Lunatic asylums Madras 1892-1911 - 1892-1911
Year: 1892
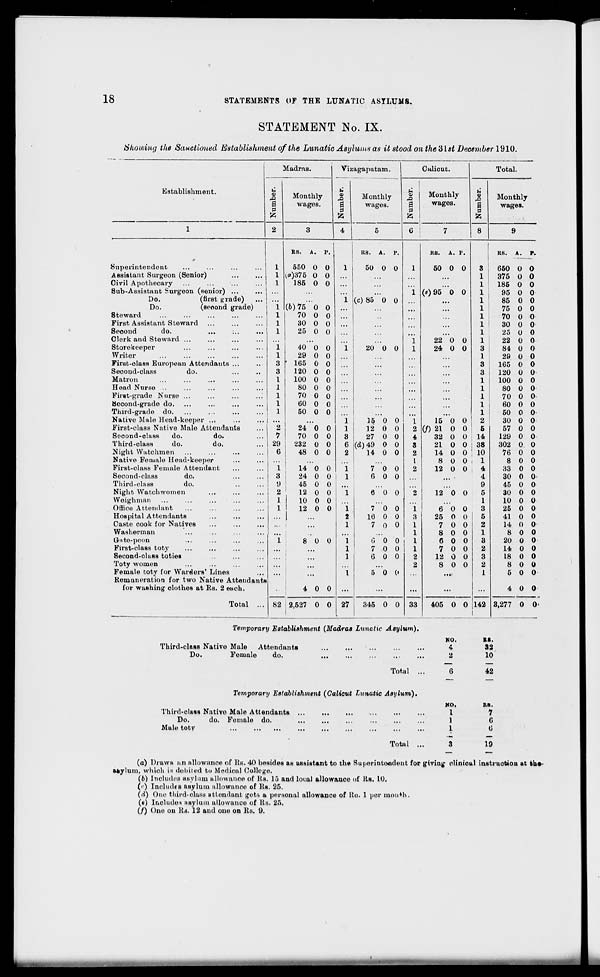
18
STATEMENTS OF THE LUNATIC ASYLUMS.
STATEMENT No. IX.
Showing the Sanctioned Establishment of the Lunatic Asylums as it stood on the'dlst December 1910.
Establishment.
Madras.
o
,0
P
Monthly
wages.
Vizagapatam.
Calicut.
3
Monthly
wages.
o
a
P
Monthly
wages.
Total.
u
-a
s
p
Monthly
wages.
Superintendent
Assistant Surgeon (Senior)
Civil Apothecary
Sub-Assistant Surgeon (senior) ...
Do.
(first grade)
Do.
(seoorid grade)
Steward
First Assistant Steward
Seoond
do.
...
:..
Clerk and Steward ...
Storekeeper
Writer
First-class European Attendants ...
Second-class
do.
Matron
Head Nurse ...
First-grade Nurse ...
Second-grade do.
Third-grade do.
Native Male Head-keeper ...
First-class Native Male Attendants
Second-class
do.
do.
Third-class
do.
do.
Night Watchmen
Native Female Head-keeper
Firat-olaHB Female Attendant
Second-class
do.
Third-class
do.
...
Night Watchwomen
Weighman
Office Attendant
Hospital Attendants
Caste cook for Natives
Washerman
Qa.te-peon
First-class toty
Second-class toties
Toty women
Female toty for Warders' Lines
Remuneration for two Native Attendants
for washing olothes at Rs. 2 each.
Total
RS. A. P.
550 0 0
V»)375 0 0
185 0 0
1 (6)75 0 0
1
1
1
i
l
3
3
1
1
1
1
1
2
7
29
6
1
8
a :
2
1
1
70 0 0
30 0 0
25 0 0
40 0 0
29 0 0
165 0 0
120 0 0
100 0 0
80 0 0
70 0 0
60 0 0
50 0 0
24 0 0
70 0 0
232 0 0
48 0 0
14 0 o
24 0 0
45 0 0
12 0 0
10 0 0
12 0 0
8 0 0
4 0 0
82 2,527 0 0
1
1
3
6
2
i
I
KS.
50 0 0
(c) 85 0 0
20 0 0
27
15 0 0
12 0 0
27 0 0
(d) 49 0 0
14 0 0
7 0 0
6 0 0
6 0 0
7 0 0
16 0 0
7 0 0
6 0 0
7 0 0
6 0 0
5 0 0
345 0 0 33
KS.
A. P.
50 0 0
(e)95 0 0
Temporary Establishment (Madras Lunatic Asylum).
Third-class Native Male
Attendants
Do.
Female
do.
22 0 0
24 0 0
15 0 0
(f) 21 0 0
32 0 0
21 0 0
14 0 0
8 0 0
12 0 0
12 0 0
25 0 0
7 0 0
8 0 0
6 0 0
7 0 0
12 0 0
8 0 0
405 0 0
1
142
KS.
P.
3
650 0 0
1
375 0 0
1
185 0 0
1 !
95 0 0
1
85 0 0
1
75 0 0
1
70 0 0
1
30 0 0
1
25 0 0
1
22 0 0
3 !
84 0 0
1
29 0 0
3
165 0 0
3
120 0 0
1
100 0 0
1
80 0 0
1
70 0 0
1
60 0 0
1
50 0 0
2
30 0 0
5
57 0 0
14
129 0 0
38
302 0 0
10
76 0 0
1
8 0 0
4
33 0 0
4
30 0 0
9
45 0 0
5
30 0 0
1
10 0 0
3
25 0 0
5
41 0 0
2
14 0 0
1
8 0 0
3
20 0 0
2
14 0 0
3
18 0 0
2
8 0 0
1
5 0 0
4 0 0
3,277 0 0-
MO.
RS.
4
32
2
10
Total
42
Temporary Establishment (Calicut Lunatic Asylum).
Third-class Nativo Male Attendants
Do.
do. Female do.
Male toty
...
Total
NO.
RS.
1
1
]
6
1
6
19
(a) Draws an allowance of Rs. 40 besides as assistant to the Superintendent for giving' olintoal instruction at kue
asylum, which is debited to Medical College.
(6) [noludea asylum allowance of Rs. 15 and local allowance of Its. 10.
(>•) Includes asylum allowance of Rs. 25.
(d) One third-class attendant gets a personal allowance of Un. 1 per month.
(«) Includes asylum allowance of Us. 25.
(/) One on Rs. 12 and one on Rs. 9.